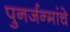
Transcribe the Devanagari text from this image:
पुनर्जन्मांचे